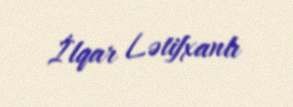
İlqar Lətifxanlı